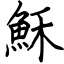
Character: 穌